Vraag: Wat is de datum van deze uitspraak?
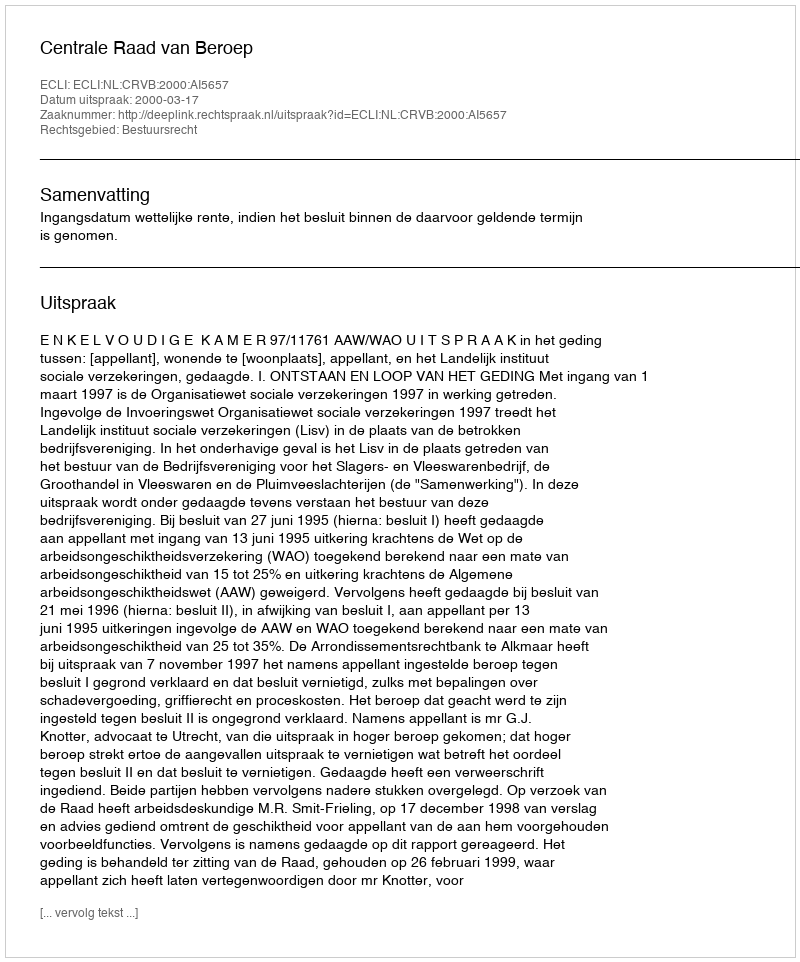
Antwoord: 2000-03-17